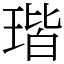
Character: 瑎